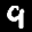
Label: 9